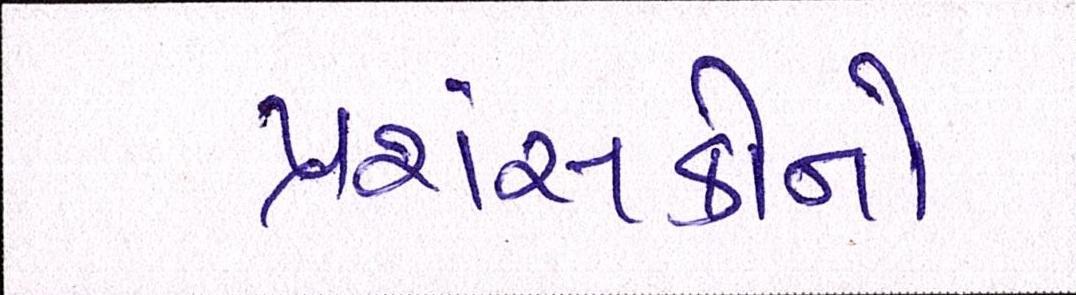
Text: પ્રશંસકોનો